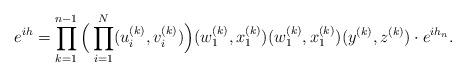
LaTeX: \begin{align*}e^{ih}=\prod_{k=1}^{n-1}\Big(\prod_{i=1}^N(u_i^{(k)},v_i^{(k)})\Big) (w^{(k)}_1,x^{(k)}_1)(w^{(k)}_1,x^{(k)}_1)(y^{(k)},z^{(k)})\cdot e^{ih_n}.\end{align*}